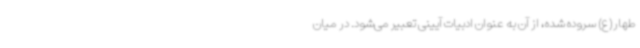
طهار(ع) سروده شده‌، از آن به عنوان ادبیات آیینی تعبیر می‌شود. در میان